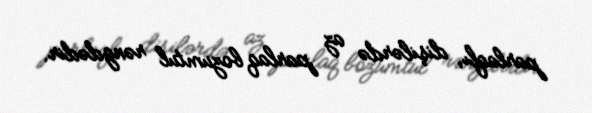
parlaqlı, dişilərdə az parlaq bozumtul rəngdədir.